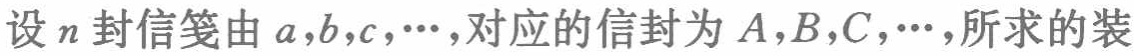
设\(n\)封信笺由\(a,b,c,\cdots\)，对应的信封为\(A,B,C,\cdots\)，所求的装